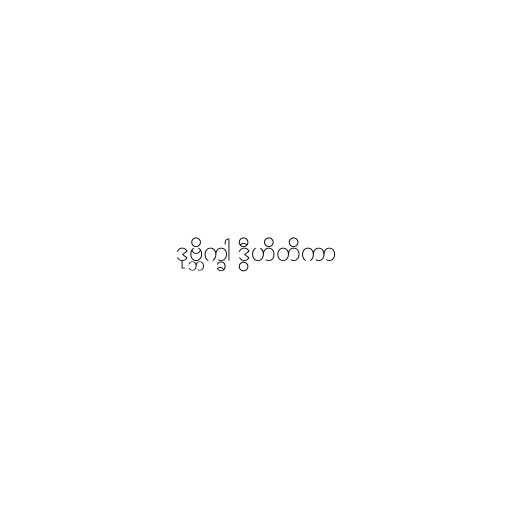
ဒုဗ္ဘိက္ခါ ဒွီဟိတိကာ